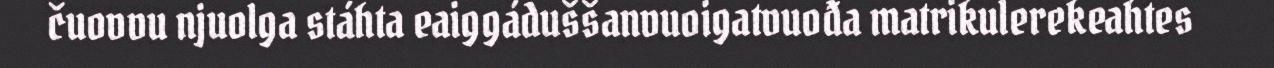
čuovvu njuolga stáhta eaiggáduššanvuoigatvuođa matrikulerekeahtes